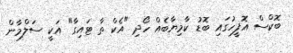
ބޮކްސް އޮފީހުގައި ބޮޑު ކާމިޔާބެއް ހޯދި "އެކް ތާ ޓައިގާ" އަކީ ސަލްމާން